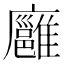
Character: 廱